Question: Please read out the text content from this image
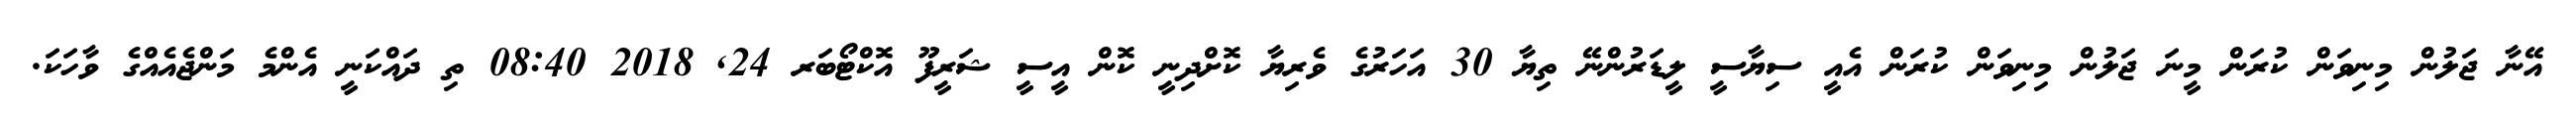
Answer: އޭނާ ޖަލުން މިނިވަން ކުރަން މީނަ ޖަލުން މިނިވަން ކުރަން އެއީ ސިޔާސީ ލީޑަރުންނޭ ތިޔާ 30 އަހަރުގެ ވެރިޔާ ކޮށްދިނީ ކޮން އީސީ ޝަރީފޫ އޮކްޓޯބަރ 24, 2018 08:40 ތި ދައްކަނީ އެންމެ މަންޖެއެއްގެ ވާހަކަ.